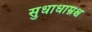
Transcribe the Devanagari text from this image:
सुधाधाम्नश्च